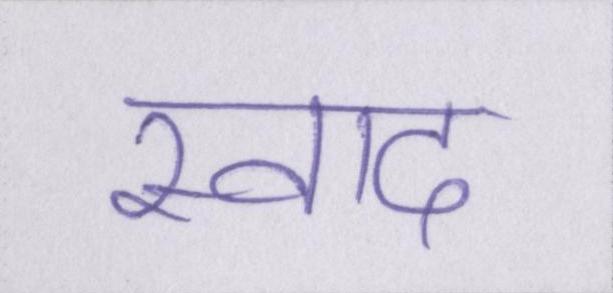
स्वाद